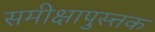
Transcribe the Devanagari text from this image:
समीक्षापुस्त्तक